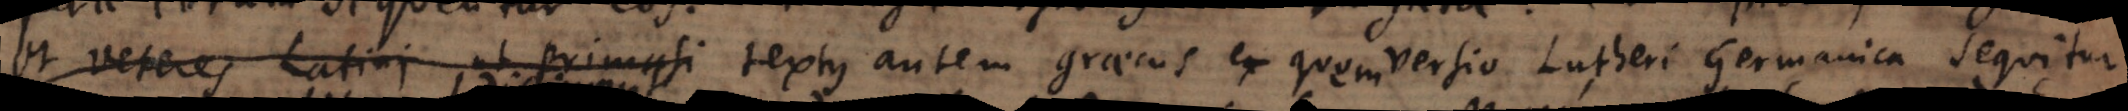
et veteres Latini ut Primasi Textus autem graecus ex quem versio Lutheri Germanica sequitur